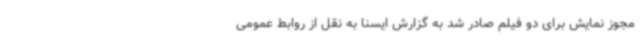
مجوز نمایش برای دو فیلم صادر شد به گزارش ایسنا به نقل از روابط عمومی